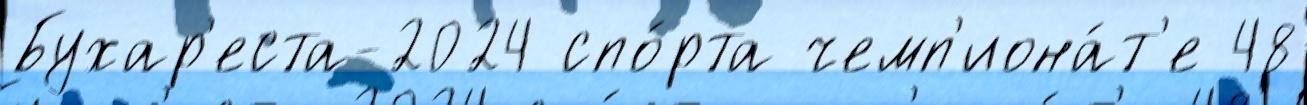
Бухар'еста-2024 спо́рта чемп'иона́т'е 48